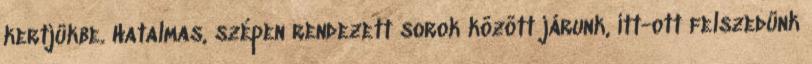
kertjükbe. Hatalmas, szépen rendezett sorok között járunk, itt-ott felszedünk